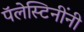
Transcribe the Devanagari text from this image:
पॅलेस्टिनींनी